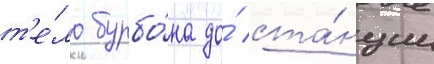
т'е́ло бурбо́на до́ ста́нции